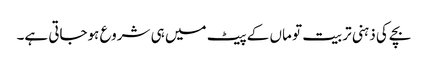
بچے کی ذہنی تربیت تو ماں کے پیٹ میں ہی شروع ہوجاتی ہے۔